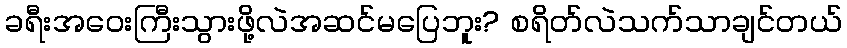
ခရီးအဝေးကြီးသွားဖို့လဲအဆင်မပြေဘူး? စရိတ်လဲသက်သာချင်တယ်